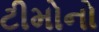
ટીમોનો